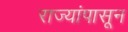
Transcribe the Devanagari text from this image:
राज्यांपासून